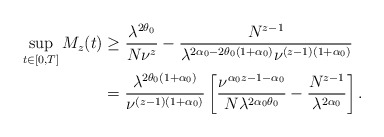
\begin{align*}\sup_{t\in[0,T]} M_z(t)&\geq \frac{\lambda^{2\theta_0}}{N\nu^z}-\frac{N^{z-1}}{\lambda^{2\alpha_0-2\theta_0(1+\alpha_0)}\nu^{(z-1)(1+{\alpha_0})}}\\&=\frac{\lambda^{2\theta_0(1+\alpha_0)}}{\nu^{(z-1)(1+\alpha_0)}}\left[\frac{\nu^{\alpha_0z-1-\alpha_0}}{N\lambda^{2\alpha_0\theta_0}}-\frac{N^{z-1}}{\lambda^{2\alpha_0}}\right].\end{align*}